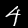
Digit: 4